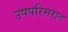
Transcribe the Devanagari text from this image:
उपपरिसरात